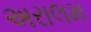
અરાલમ